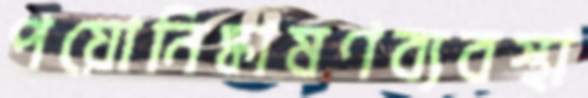
পয়োনিষ্কাষণব্যবস্থা